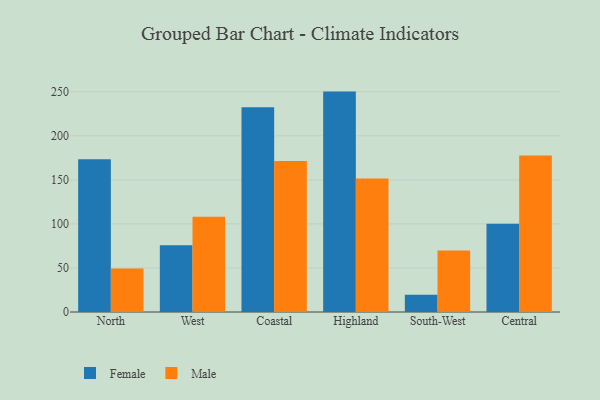
{"axis": {"x": "Region", "y": "Backlog"}, "legend": ["Female", "Male"], "data": [{"x": "North", "y": 173.3, "type": "Female"}, {"x": "North", "y": 49.4, "type": "Male"}, {"x": "West", "y": 75.9, "type": "Female"}, {"x": "West", "y": 108.0, "type": "Male"}, {"x": "Coastal", "y": 232.3, "type": "Female"}, {"x": "Coastal", "y": 171.5, "type": "Male"}, {"x": "Highland", "y": 250.2, "type": "Female"}, {"x": "Highland", "y": 151.6, "type": "Male"}, {"x": "South-West", "y": 19.7, "type": "Female"}, {"x": "South-West", "y": 69.9, "type": "Male"}, {"x": "Central", "y": 100.2, "type": "Female"}, {"x": "Central", "y": 177.8, "type": "Male"}]}